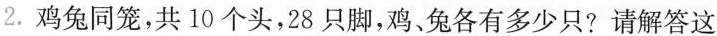
2.鸡兔同笼，共10个头，28只脚，鸡、兔各有多少只?请解答这